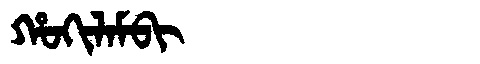
Manchu: ᡥᠣᡴᡳᠯᠠᠮᠪᡳ
Romanization: HOKILAMBI